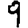
Digit: 9